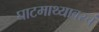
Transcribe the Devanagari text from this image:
घाटमाथ्यावरचं